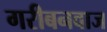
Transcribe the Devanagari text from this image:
गरीबनवाज